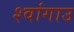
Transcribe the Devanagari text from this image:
श्वांगाउ